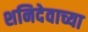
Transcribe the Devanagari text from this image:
शनिदेवाच्या